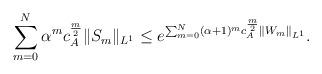
LaTeX: \begin{align*}\sum_{m=0}^N\alpha^mc_A^{\frac{m}{2}}\|S_m\|_{L^1}\le e^{\sum_{m=0}^N(\alpha+1)^mc_A^{\frac{m}{2}}\|W_m\|_{L^1}}.\end{align*}